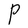
Character: P